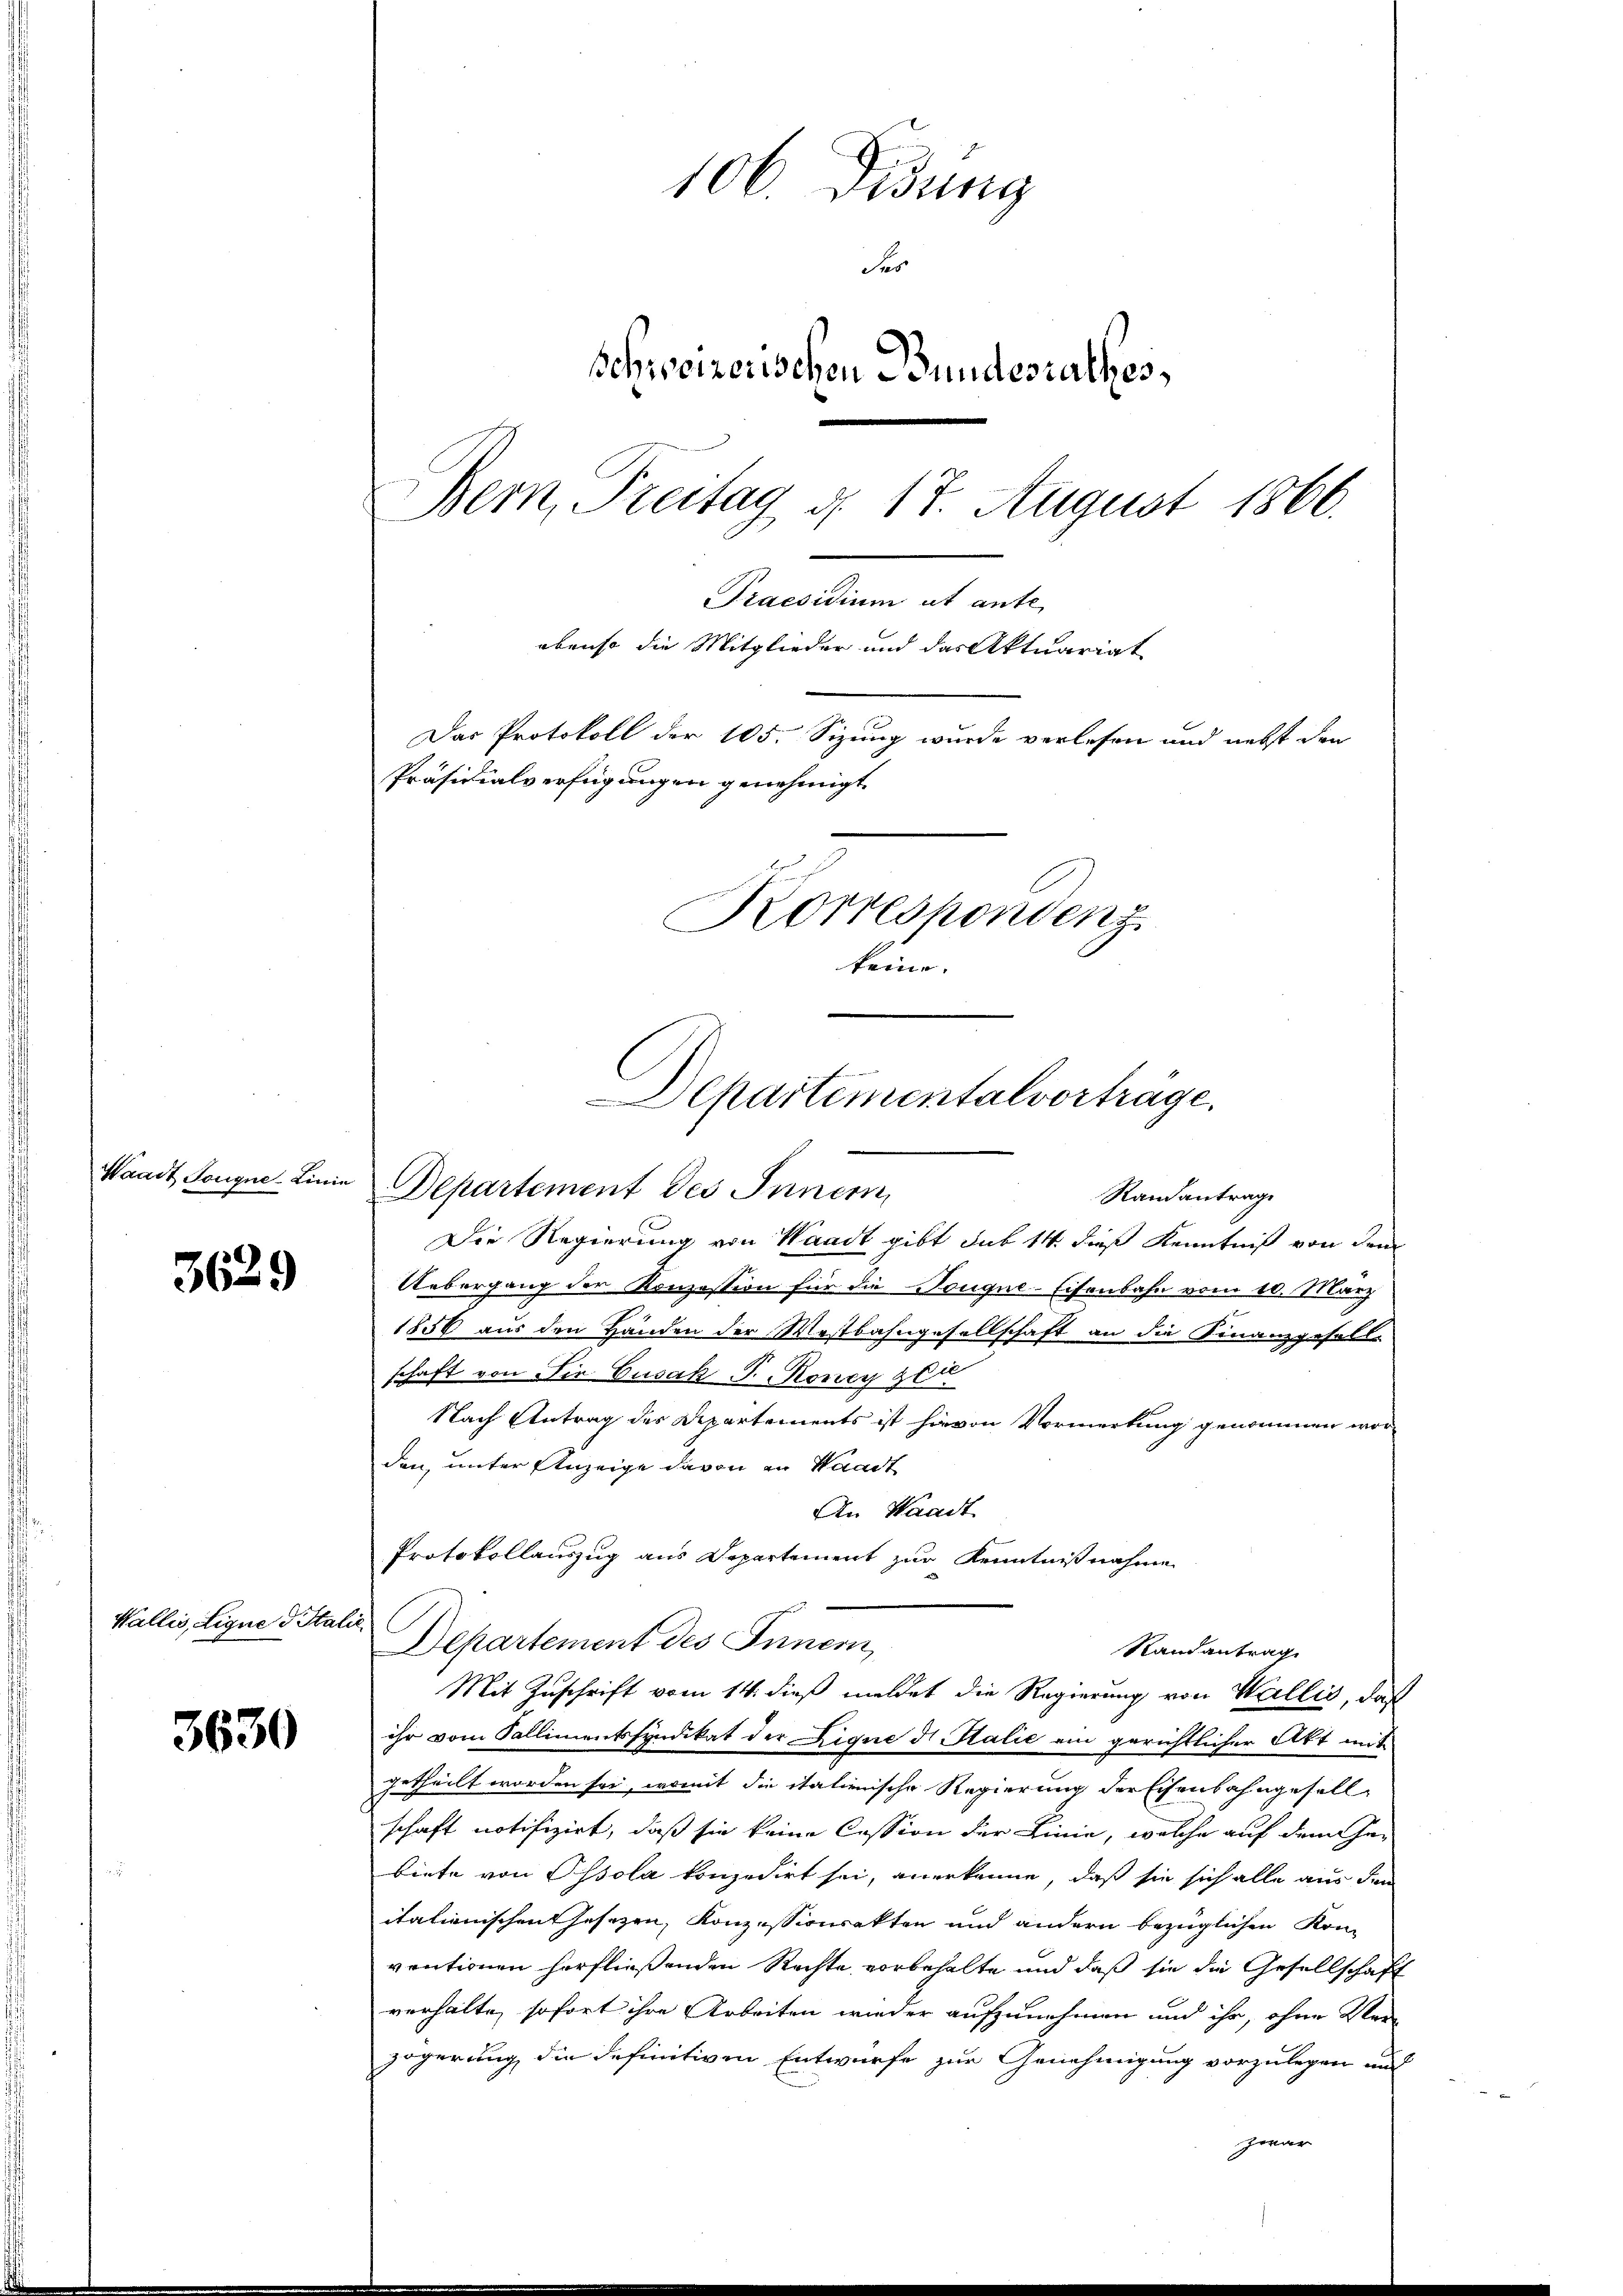
Waadt Bouque Linie

3629

Wallis, Lique d Itali

3630

106. Fidung
der
Schweizerischen Bundesrathes,
Bern, Freitag d. 17. August 1866.
Praesidium ut ante
ebenso die Mitglieder und das Aktuariat
Das Protokoll der 105. Sizung wurde verlesen und nebst den
Präsidialverfügungen genehmigt.
Korrespondenz.
keine

Die Regierung von Waadt gibt sub 14. dieß Kenntniß von dem
Uebergang der Konzession für die Bouque-Eisenbahn vom 10. März
1856 aus den Händen der Westbahngesellschaft an die Finanzgesell-
schaft von die Gusak P. Money gl
Nach Antrag des Departements ist hievon Vormerkung genommen worden, unter Anzeige davon in Waadt
An Waadt
Protokollauszug aus Departement zur Kenntnißnahme
Departement des Innern,
Randantrag
Mit Zuschrift vom 14. dieß meldet die Regierung von Wallis, daß
ihr vom Sallimentssyndikat der Eigne d. Talić ein gerichtlicher Art mit
getheilt worden sei, womit die italienische Regierung der Eisenbahngesell
schaft notifizirt, daß sie keine Cession der Linie, welche auf dem Ge-
biete von Ossola konzedirt sei, anerkenne, daß sie sich alle aus den
itationischenthesezen, Konzessionsakten und andern bezüglichen Kom-
ventionen herfließenden Rechte vorbehalte und daß sie die Gesellschaft
verhalte, sofort ihre Arbeiten wieder aufzunehmen und ihr, ohne Ver-
zögerung die definitiven Entwurfe zur Genehmigung vorzulegen und
zwar

Departementalvorträge.

Departement des Inner
Randantrage